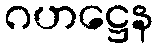
ဂဟဋ္ဌေန